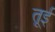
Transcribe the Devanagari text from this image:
तूई